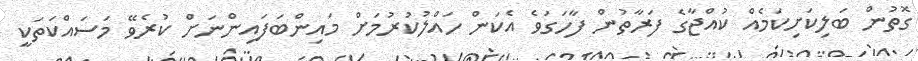
ގޮތުން ބަލިކަށިކަމެއް ކުއްޖާގެ ފަރާތުން ފާހަގަވެ އެކަން ހައްލުކުރުމަށް މައިންބަފައިންނަށް ކުރެވޭ މަސައްކަތަކީ